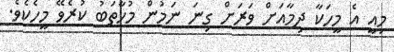
މިއީ އެ މީހަކާ ދިމާއަށް ވަރަށް ގިނަ ނަމުން މުހާތަބު ކުރެވޭ މީހެކެވެ.